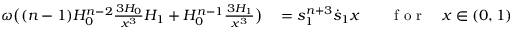
\begin{array} { r l r l } { \omega \big ( ( n - 1 ) H _ { 0 } ^ { n - 2 } \frac { \d ^ { 3 } H _ { 0 } } { \d x ^ { 3 } } H _ { 1 } + H _ { 0 } ^ { n - 1 } \frac { \d ^ { 3 } H _ { 1 } } { \d x ^ { 3 } } \big ) } & { { } = s _ { 1 } ^ { n + 3 } \dot { s } _ { 1 } x } & { } & { { } \mathrm { ~ f ~ o ~ r ~ } \quad x \in ( 0 , 1 ) , } \end{array}